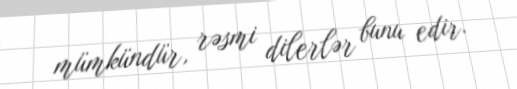
mümkündür, rəsmi dilerlər bunu edir.